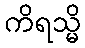
ကိရသ္မိ